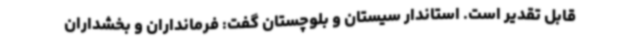
قابل تقدیر است. استاندار سیستان و بلوچستان گفت: فرمانداران و بخشداران